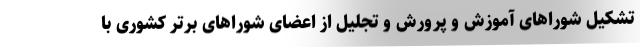
تشکیل شوراهای آموزش و پرورش و تجلیل از اعضای شوراهای برتر کشوری با